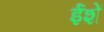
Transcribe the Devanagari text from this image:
ईशें